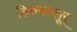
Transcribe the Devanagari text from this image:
तिरुनल्लूर्